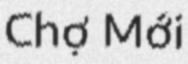
Chợ Mới